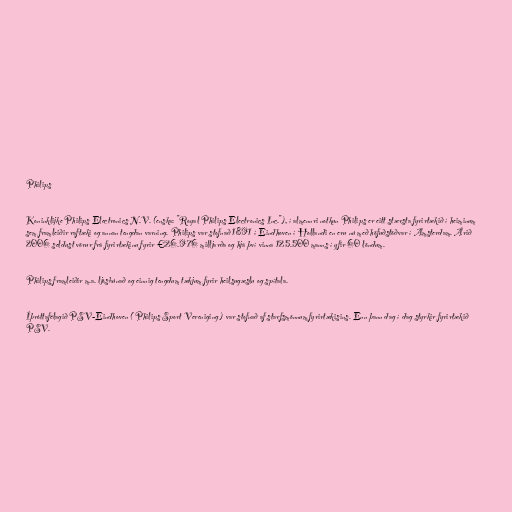
Philips

Koninklijke Philips Electronics N.V. (enska: "Royal Philips Electronics Inc."), í almennri notkun Philips er eitt stærsta fyrirtækið í heiminum
sem framleiðir raftæki og annan tengdan varning. Philips var stofnað 1891 í Eindhoven í Hollandi en eru nú með höfuðstöðvar í Amsterdam. Árið
2006 seldust vörur frá fyrirtækinu fyrir €26.976 milljarða og hjá því vinna 125.500 manns í yfir 60 löndum.

Philips framleiðir m.a. ljósbúnað og einnig tengdum tækjum fyrir heilsugæslu og spítala.

Íþróttafélagið PSV-Eindhoven ( Philips Sport Vereniging ) var stofnað af starfsmönnum fyrirtækisins. Enn þann dag í dag styrkir fyrirtækið
PSV.